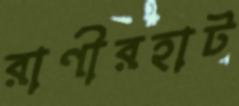
রাণীরহাট